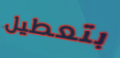
بتعطيل